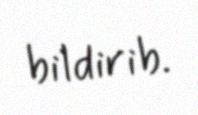
bildirib.